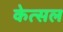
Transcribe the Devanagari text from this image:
केत्सल